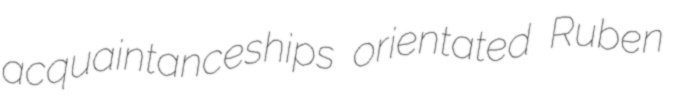
acquaintanceships orientated Ruben